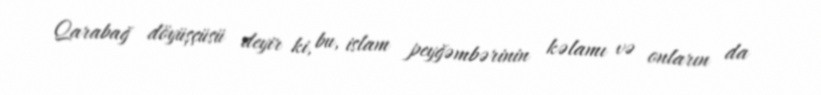
Qarabağ döyüşçüsü deyir ki, bu, islam peyğəmbərinin kəlamı və onların da